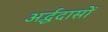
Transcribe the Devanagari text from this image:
अर्द्धदासों